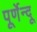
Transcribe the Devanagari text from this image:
पूर्णेन्दू